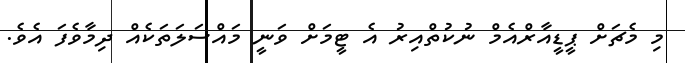
މި މެޗަށް ޕީޑީއާރްއެމް ނުކުތްއިރު އެ ޓީމަށް ވަނީ މައްސަލަތަކެއް ދިމާވެފަ އެވެ.